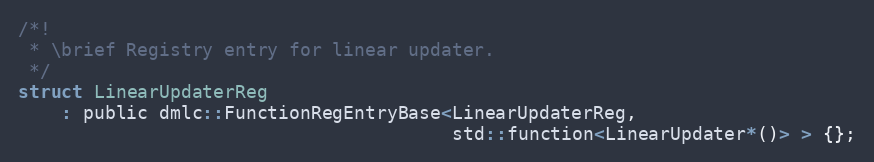
Language: C
/*!
 * \brief Registry entry for linear updater.
 */
struct LinearUpdaterReg
    : public dmlc::FunctionRegEntryBase<LinearUpdaterReg,
                                        std::function<LinearUpdater*()> > {};